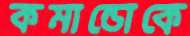
কমান্ডোকে